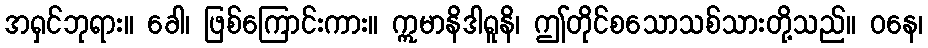
အရှင်ဘုရား။ ခေါ၊ ဖြစ်ကြောင်းကား။ ဣမာနိဒါရူနိ၊ ဤတိုင်စသောသစ်သားတို့သည်။ ဝနေ၊